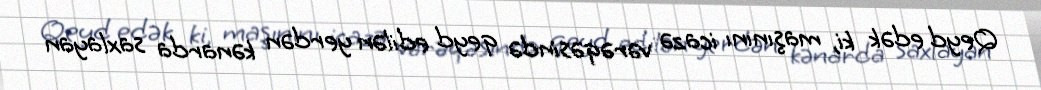
Qeyd edək ki, maşınını icazə vərəqəsində qeyd edilən yerdən kənarda saxlayan